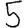
Digit: 5